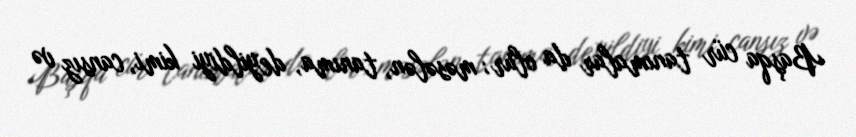
Başqa cür tanımalar da olur; məsələn, tanıma, deyildiyi kimi, cansız və